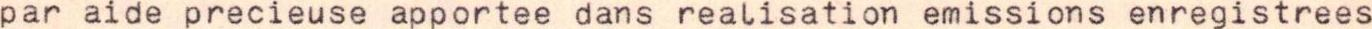
par aide precieuse apportee dans realisation emissions enregistrees